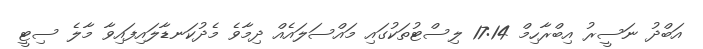
އަބްދު ނަސީރު އިބްރާހިމް 17:14 ލިސްޓުތަކުގައި މައްސަލައެއް ދިމާވެ މެދުކަނޑާލައިފައިވާ މާލެ ސިޓީ